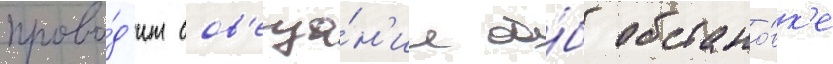
прово́д'ит сов'еща́н'ие о́б обстано́вк'е